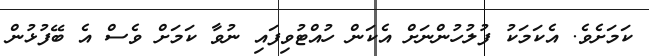
ކަމަށެވެ. އެކަމަކު ފުލުހުންނަށް އެކަން ހުއްޓުވިފައި ނުވާ ކަމަށް ވެސް އެ ބޭފުޅުން